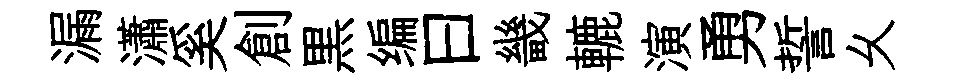
漏瀟奚創黒编曰畿轆演勇誓乆